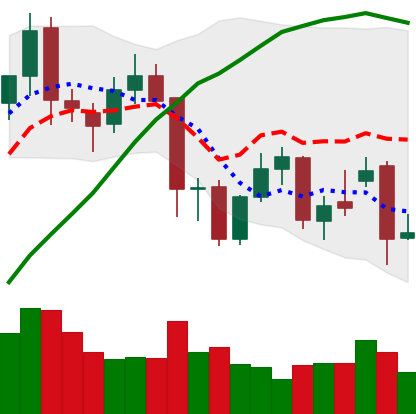
Ticker: XMR-USD
Chart end date: 2021-11-27
Forward return: 4.786%
Label: up_3_5